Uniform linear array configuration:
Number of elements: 4
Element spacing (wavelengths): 0.5
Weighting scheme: blackman
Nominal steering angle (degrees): -45
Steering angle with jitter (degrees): -45.986
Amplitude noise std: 0.05
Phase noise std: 0.05

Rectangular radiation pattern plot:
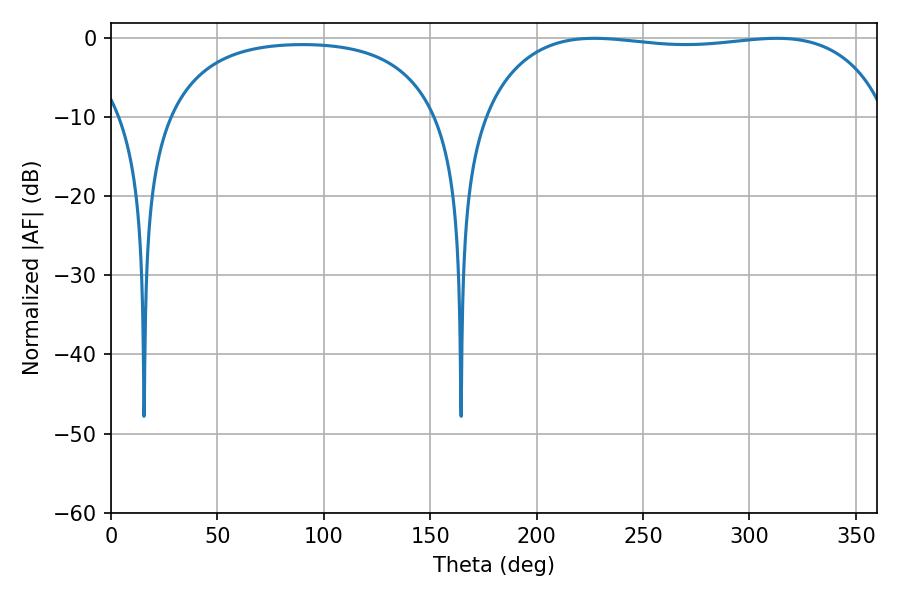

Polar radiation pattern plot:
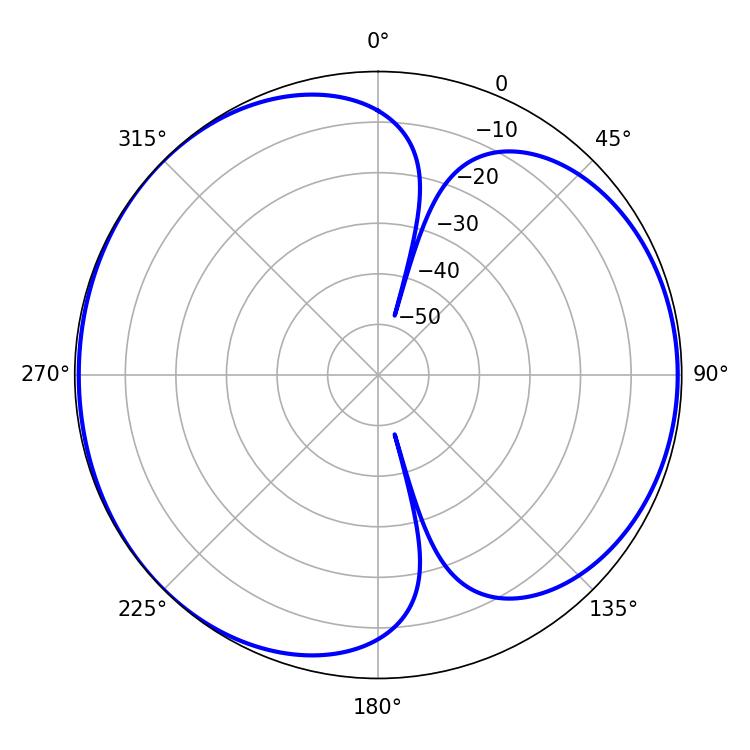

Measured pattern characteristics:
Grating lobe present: FALSE
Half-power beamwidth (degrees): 153
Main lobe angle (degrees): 226.98